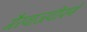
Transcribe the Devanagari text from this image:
गैरवाजवीपणे